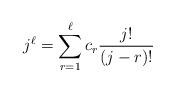
LaTeX: \begin{align*} j^{\ell} = \sum_{r=1}^{\ell} c_{r} \frac{j!}{(j-r)!} \end{align*}